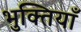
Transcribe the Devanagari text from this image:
भुक्तियाँ